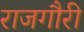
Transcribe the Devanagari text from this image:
राजगौरी